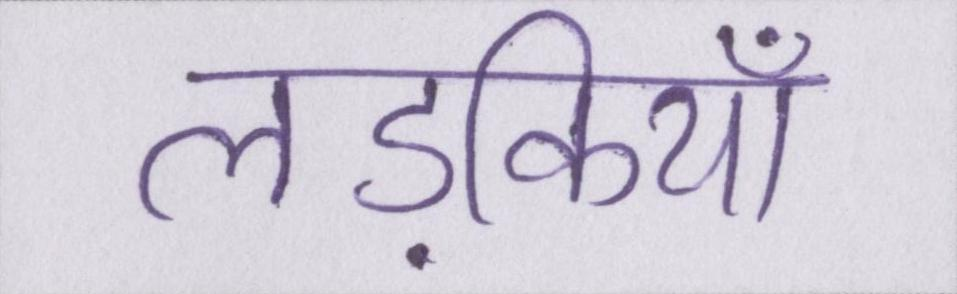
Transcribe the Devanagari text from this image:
लड़कियाँ